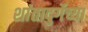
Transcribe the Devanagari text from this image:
शांतादुर्गेच्या